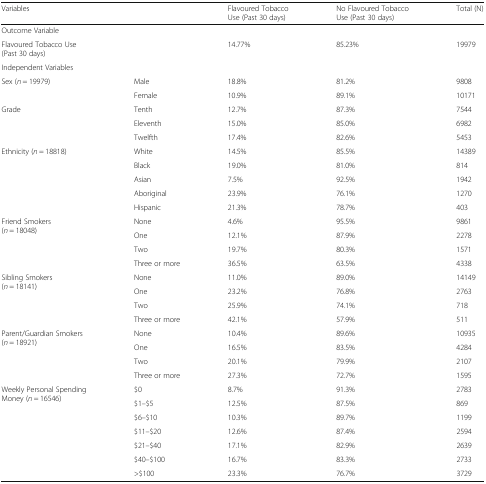
<table><thead><tr><td colspan="2"><b>Variables</b></td><td><b>Flavoured Tobacco Use (Past 30 days)</b></td><td><b>No Flavoured Tobacco Use (Past 30 days)</b></td><td><b>Total (N)</b></td></tr></thead><tbody><tr><td colspan="5">Outcome Variable</td></tr><tr><td colspan="2">Flavoured Tobacco Use (Past 30 days)</td><td>14.77%</td><td>85.23%</td><td>19979</td></tr><tr><td colspan="5">Independent Variables</td></tr><tr><td rowspan="2">Sex (<i>n</i> = 19979)</td><td>Male</td><td>18.8%</td><td>81.2%</td><td>9808</td></tr><tr><td>Female</td><td>10.9%</td><td>89.1%</td><td>10171</td></tr><tr><td rowspan="3">Grade</td><td>Tenth</td><td>12.7%</td><td>87.3%</td><td>7544</td></tr><tr><td>Eleventh</td><td>15.0%</td><td>85.0%</td><td>6982</td></tr><tr><td>Twelfth</td><td>17.4%</td><td>82.6%</td><td>5453</td></tr><tr><td rowspan="5">Ethnicity (<i>n</i> = 18818)</td><td>White</td><td>14.5%</td><td>85.5%</td><td>14389</td></tr><tr><td>Black</td><td>19.0%</td><td>81.0%</td><td>814</td></tr><tr><td>Asian</td><td>7.5%</td><td>92.5%</td><td>1942</td></tr><tr><td>Aboriginal</td><td>23.9%</td><td>76.1%</td><td>1270</td></tr><tr><td>Hispanic</td><td>21.3%</td><td>78.7%</td><td>403</td></tr><tr><td rowspan="4">Friend Smokers (<i>n</i> = 18048)</td><td>None</td><td>4.6%</td><td>95.5%</td><td>9861</td></tr><tr><td>One</td><td>12.1%</td><td>87.9%</td><td>2278</td></tr><tr><td>Two</td><td>19.7%</td><td>80.3%</td><td>1571</td></tr><tr><td>Three or more</td><td>36.5%</td><td>63.5%</td><td>4338</td></tr><tr><td rowspan="4">Sibling Smokers (<i>n</i> = 18141)</td><td>None</td><td>11.0%</td><td>89.0%</td><td>14149</td></tr><tr><td>One</td><td>23.2%</td><td>76.8%</td><td>2763</td></tr><tr><td>Two</td><td>25.9%</td><td>74.1%</td><td>718</td></tr><tr><td>Three or more</td><td>42.1%</td><td>57.9%</td><td>511</td></tr><tr><td rowspan="4">Parent/Guardian Smokers (<i>n</i> = 18921)</td><td>None</td><td>10.4%</td><td>89.6%</td><td>10935</td></tr><tr><td>One</td><td>16.5%</td><td>83.5%</td><td>4284</td></tr><tr><td>Two</td><td>20.1%</td><td>79.9%</td><td>2107</td></tr><tr><td>Three or more</td><td>27.3%</td><td>72.7%</td><td>1595</td></tr><tr><td rowspan="7">Weekly Personal Spending Money (<i>n</i> = 16546)</td><td>$0</td><td>8.7%</td><td>91.3%</td><td>2783</td></tr><tr><td>$1–$5</td><td>12.5%</td><td>87.5%</td><td>869</td></tr><tr><td>$6–$10</td><td>10.3%</td><td>89.7%</td><td>1199</td></tr><tr><td>$11–$20</td><td>12.6%</td><td>87.4%</td><td>2594</td></tr><tr><td>$21–$40</td><td>17.1%</td><td>82.9%</td><td>2639</td></tr><tr><td>$40–$100</td><td>16.7%</td><td>83.3%</td><td>2733</td></tr><tr><td>&gt;$100</td><td>23.3%</td><td>76.7%</td><td>3729</td></tr></tbody></table>